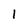
Character: 1